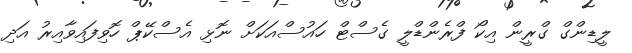
ލީޑިންގް ގްރީން އިކޯ ފްރެންޑްލީ ގެސްޓް ހައުސްއަކަށް ނޮޅި އެސްކޭޕް ހޮވިފައިވާއިރު އަދި